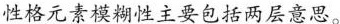
性格元素模糊性主要包括两层意思。